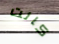
كانت